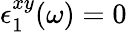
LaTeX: \epsilon_{1}^{xy}(\omega)=0